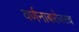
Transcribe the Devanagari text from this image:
वर्णनाबरोबरच